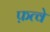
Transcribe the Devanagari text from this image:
फ़त्वे